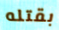
بقتله